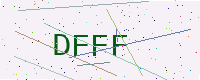
Text: DFFF